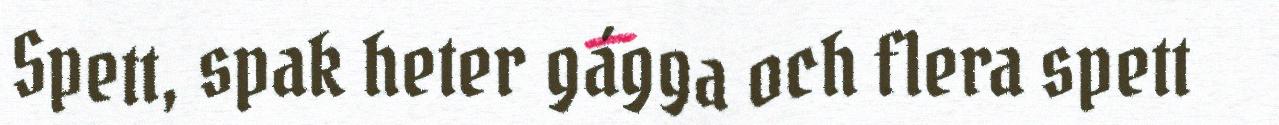
Spett, spak heter gágga och flera spett